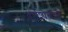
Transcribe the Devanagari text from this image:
धर्मशाळांचे